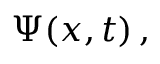
\Psi ( x , t ) \, ,